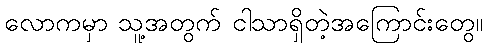
လောကမှာ သူ့အတွက် ငါသာရှိတဲ့အကြောင်းတွေ။